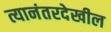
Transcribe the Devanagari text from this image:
त्यानंतरदेखील